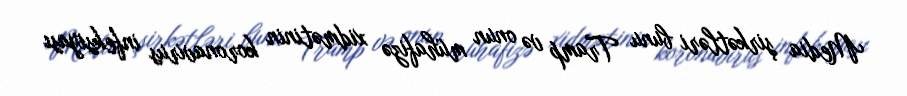
Media şirkətləri bunu Tramp və onun mühafizə xidmətinin koronavirus infeksiyası